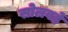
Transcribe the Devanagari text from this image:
सोलवहें